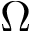
\Omega